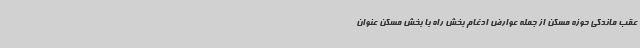
عقب ماندگی حوزه مسکن از جمله عوارض ادغام بخش راه با بخش مسکن عنوان